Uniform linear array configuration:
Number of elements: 12
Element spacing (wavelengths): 0.25
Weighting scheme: kaiser
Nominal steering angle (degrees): -45
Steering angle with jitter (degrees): -43.623
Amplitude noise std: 0.05
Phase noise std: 0.05

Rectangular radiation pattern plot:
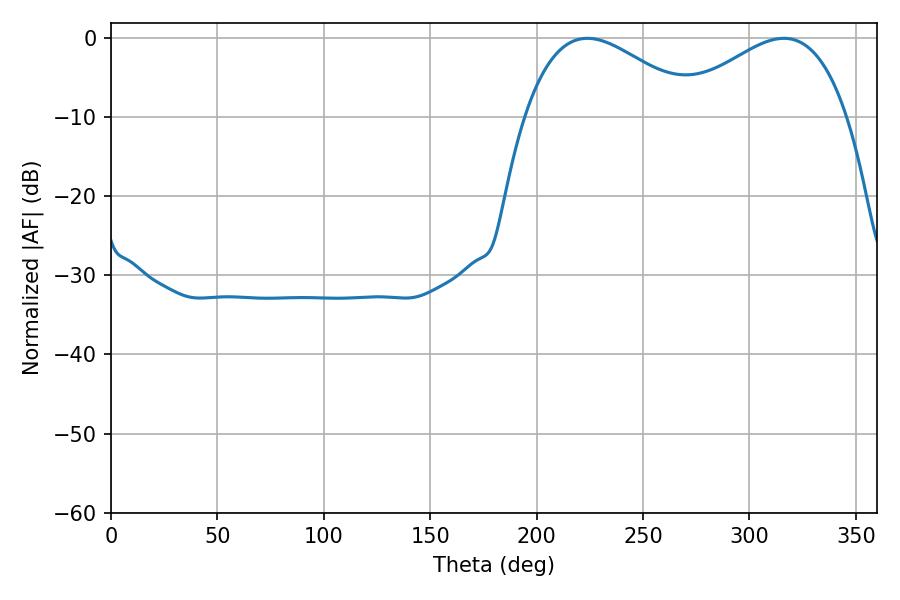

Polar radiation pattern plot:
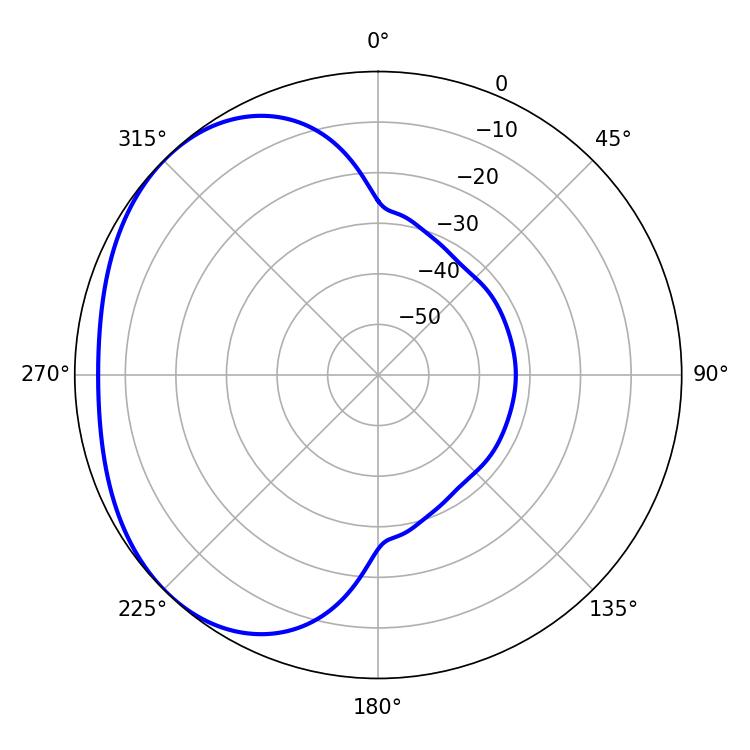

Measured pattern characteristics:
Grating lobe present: FALSE
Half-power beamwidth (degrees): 44.1
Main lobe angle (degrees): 223.92